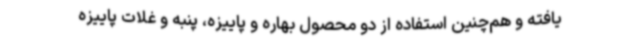
یافته و هم‌چنین استفاده از دو محصول بهاره و پاییزه، پنبه و غلات پاییزه